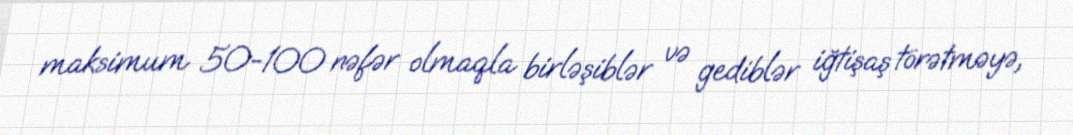
maksimum 50-100 nəfər olmaqla birləşiblər və gediblər iğtişaş törətməyə,